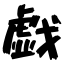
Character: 戯